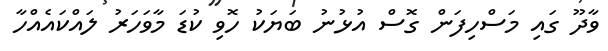
ވާދޫ ގައި މަސްހިފަން ގޮސް އުޅުނު ބަޔަކު ހޮވި ކުޑަ މާވަހަރު ލައްކައެއްހާ